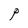
Character: P